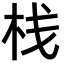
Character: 栈